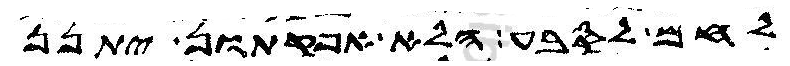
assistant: לחם לסבע הלא אפקתון יתנן